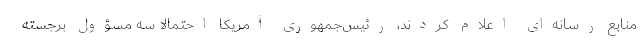
منابع رسانه‌ای اعلام کردند، رئیس‌جمهوری آمریکا احتمالا سه مسؤول برجسته